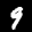
Label: 9